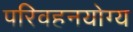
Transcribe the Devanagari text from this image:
परिवहनयोग्य